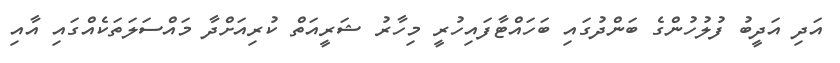
އަދި އަދީބު ފުލުހުންގެ ބަންދުގައި ބަހައްޓާފައިހުރީ މިހާރު ޝަރީއަތް ކުރިއަށްދާ މައްސަލަތަކެއްގައި އާއި